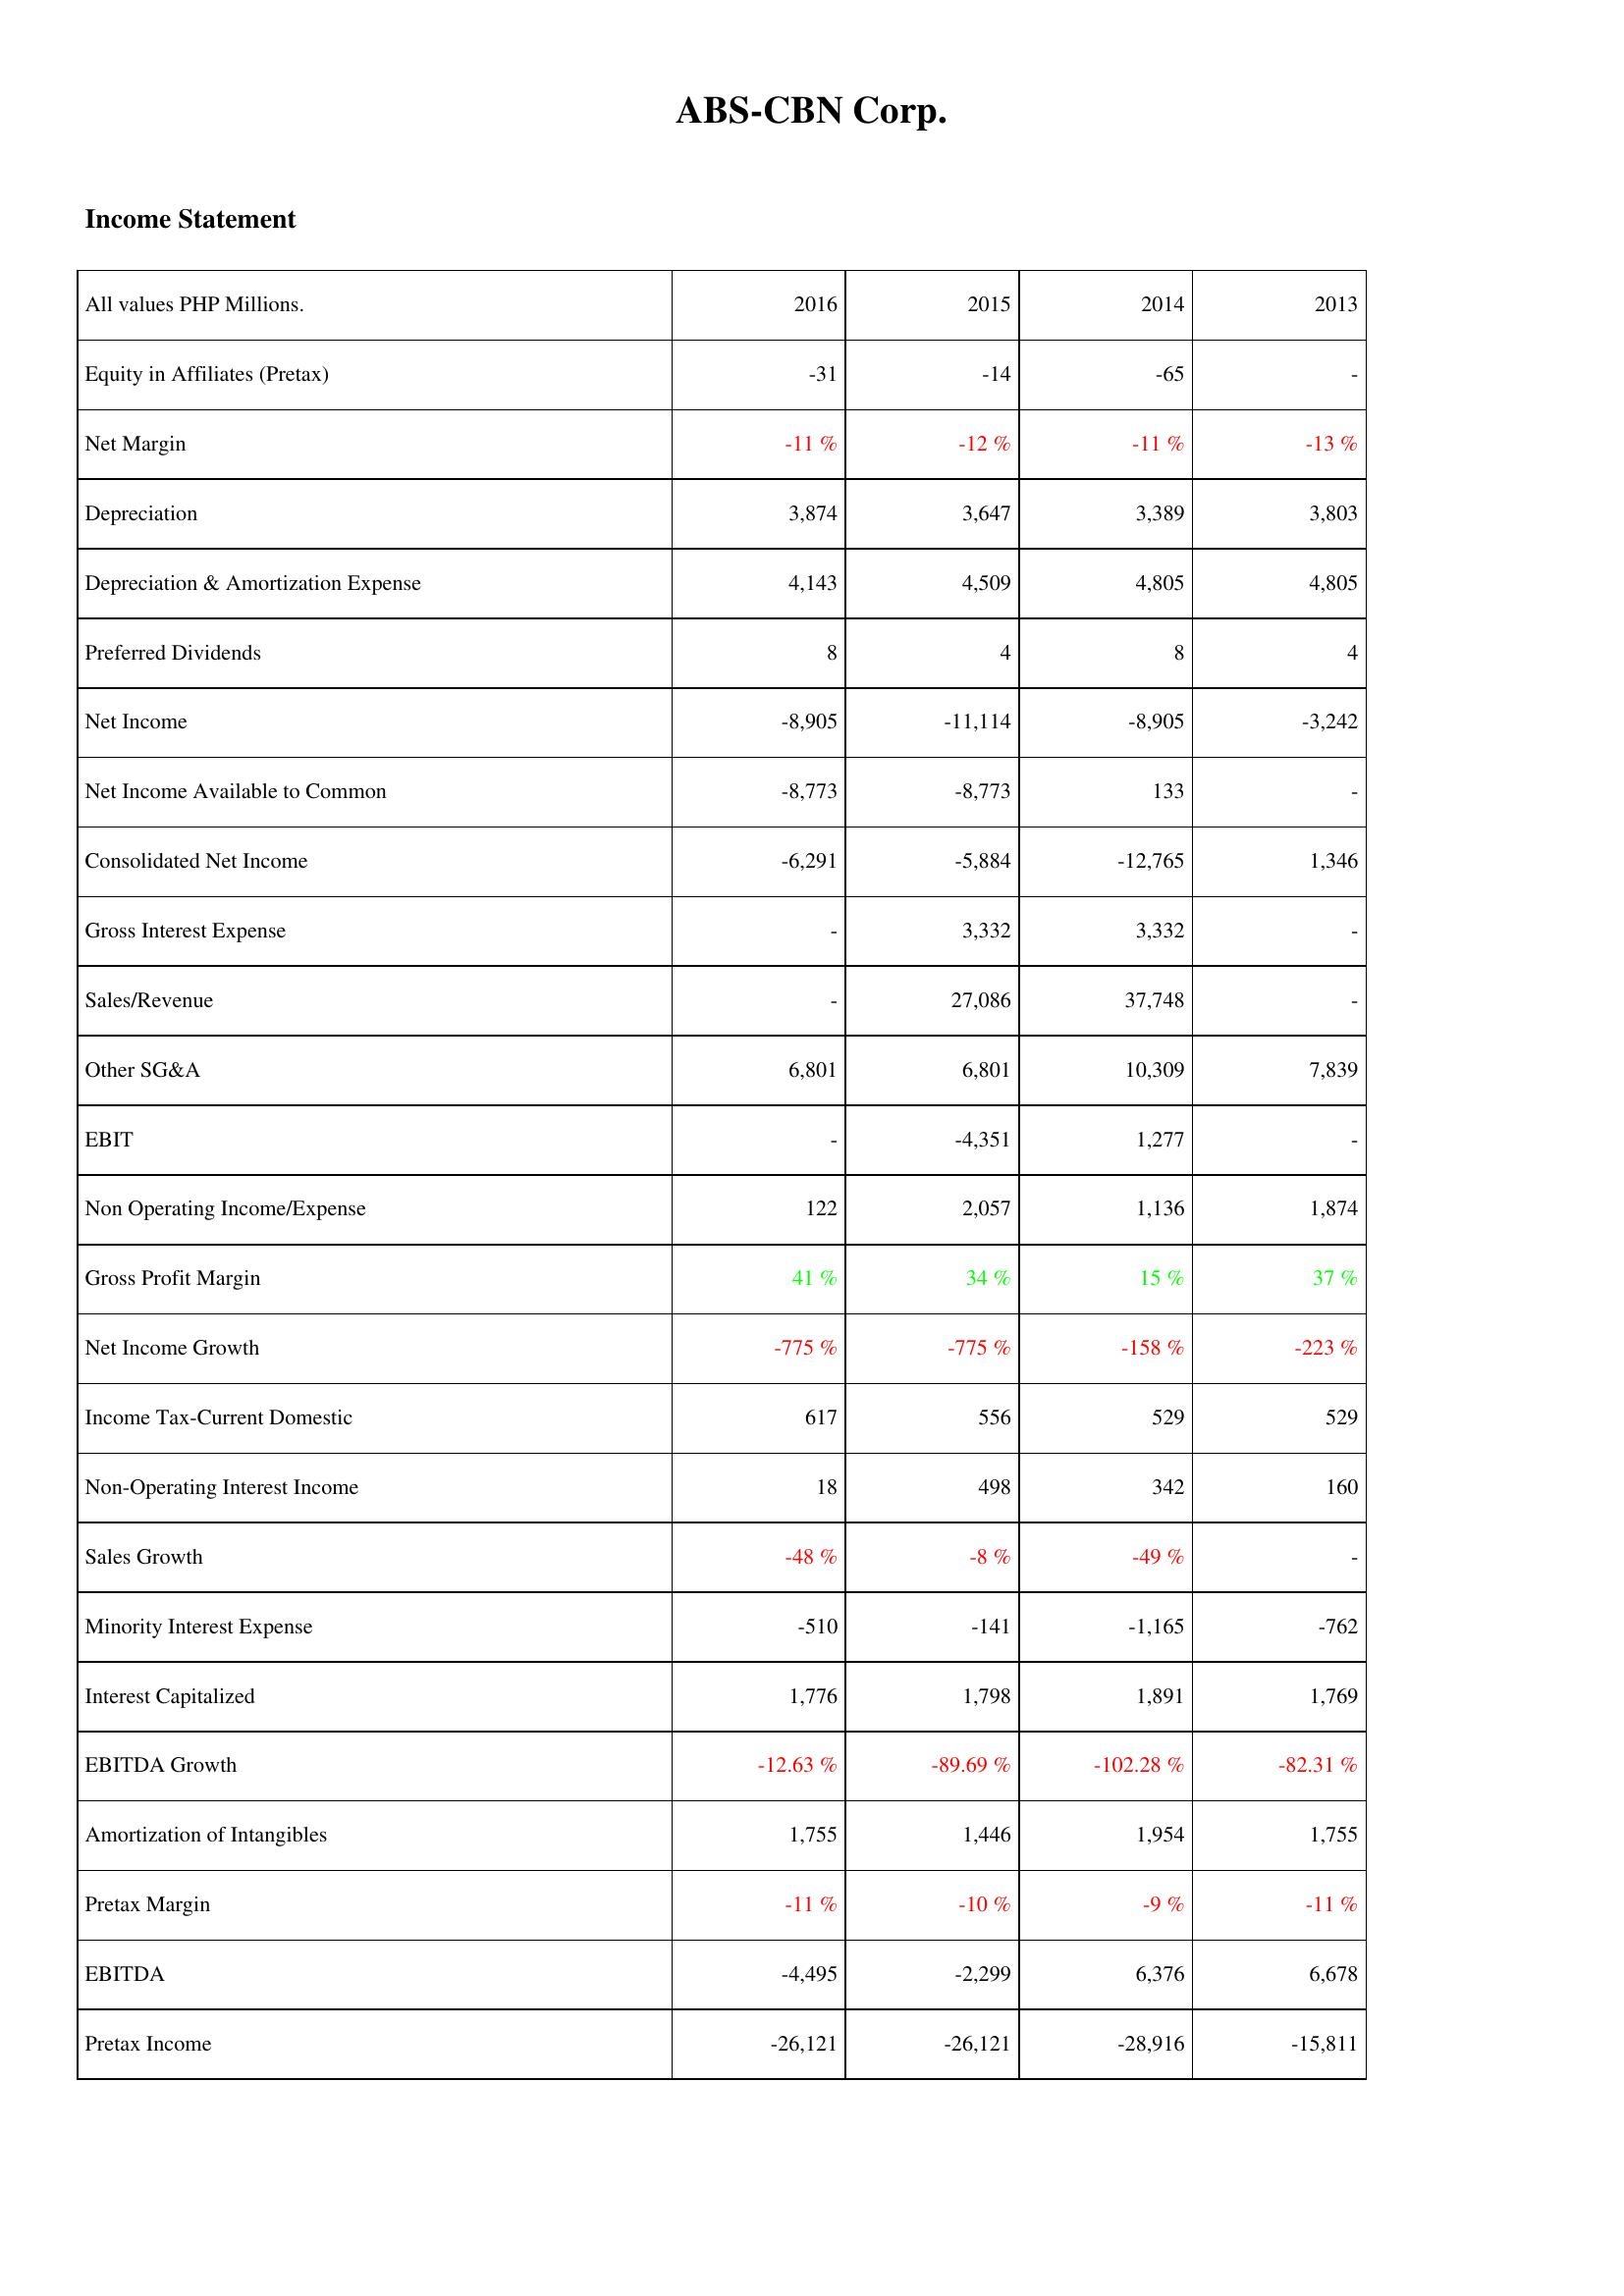
2016: Income Statement: Equity in Affiliates (Pretax): -31
Net Margin: -11 %
Depreciation: 3,874
Depreciation & Amortization Expense: 4,143
Preferred Dividends: 8
Net Income: -8,905
Net Income Available to Common: -8,773
Consolidated Net Income: -6,291
Gross Interest Expense: -
Sales/Revenue: -
Other SG&A: 6,801
EBIT: -
Non Operating Income/Expense: 122
Gross Profit Margin: 41 %
Net Income Growth: -775 %
Income Tax-Current Domestic: 617
Non-Operating Interest Income: 18
Sales Growth: -48 %
Minority Interest Expense: -510
Interest Capitalized: 1,776
EBITDA Growth: -12.63 %
Amortization of Intangibles: 1,755
Pretax Margin: -11 %
EBITDA: -4,495
Pretax Income: -26,121
2015: Income Statement: Equity in Affiliates (Pretax): -14
Net Margin: -12 %
Depreciation: 3,647
Depreciation & Amortization Expense: 4,509
Preferred Dividends: 4
Net Income: -11,114
Net Income Available to Common: -8,773
Consolidated Net Income: -5,884
Gross Interest Expense: 3,332
Sales/Revenue: 27,086
Other SG&A: 6,801
EBIT: -4,351
Non Operating Income/Expense: 2,057
Gross Profit Margin: 34 %
Net Income Growth: -775 %
Income Tax-Current Domestic: 556
Non-Operating Interest Income: 498
Sales Growth: -8 %
Minority Interest Expense: -141
Interest Capitalized: 1,798
EBITDA Growth: -89.69 %
Amortization of Intangibles: 1,446
Pretax Margin: -10 %
EBITDA: -2,299
Pretax Income: -26,121
2014: Income Statement: Equity in Affiliates (Pretax): -65
Net Margin: -11 %
Depreciation: 3,389
Depreciation & Amortization Expense: 4,805
Preferred Dividends: 8
Net Income: -8,905
Net Income Available to Common: 133
Consolidated Net Income: -12,765
Gross Interest Expense: 3,332
Sales/Revenue: 37,748
Other SG&A: 10,309
EBIT: 1,277
Non Operating Income/Expense: 1,136
Gross Profit Margin: 15 %
Net Income Growth: -158 %
Income Tax-Current Domestic: 529
Non-Operating Interest Income: 342
Sales Growth: -49 %
Minority Interest Expense: -1,165
Interest Capitalized: 1,891
EBITDA Growth: -102.28 %
Amortization of Intangibles: 1,954
Pretax Margin: -9 %
EBITDA: 6,376
Pretax Income: -28,916
2013: Income Statement: Equity in Affiliates (Pretax): -
Net Margin: -13 %
Depreciation: 3,803
Depreciation & Amortization Expense: 4,805
Preferred Dividends: 4
Net Income: -3,242
Net Income Available to Common: -
Consolidated Net Income: 1,346
Gross Interest Expense: -
Sales/Revenue: -
Other SG&A: 7,839
EBIT: -
Non Operating Income/Expense: 1,874
Gross Profit Margin: 37 %
Net Income Growth: -223 %
Income Tax-Current Domestic: 529
Non-Operating Interest Income: 160
Sales Growth: -
Minority Interest Expense: -762
Interest Capitalized: 1,769
EBITDA Growth: -82.31 %
Amortization of Intangibles: 1,755
Pretax Margin: -11 %
EBITDA: 6,678
Pretax Income: -15,811